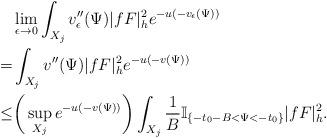
\begin{align*}&\lim_{\epsilon\to 0}\int_{X_j}v''_{\epsilon}(\Psi)|fF|^2_{h} e^{-u(-v_{\epsilon}(\Psi))}\\=&\int_{X_j}v''(\Psi)|fF|^2_h e^{-u(-v(\Psi))}\\\le&\bigg(\sup_{X_j}e^{-u(-v(\Psi))}\bigg)\int_{X_j}\frac{1}{B}\mathbb{I}_{\{-t_0-B<\Psi<-t_0\}} |fF|^2_h.\end{align*}